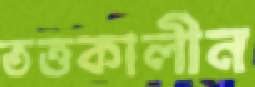
তত্তকালীন